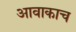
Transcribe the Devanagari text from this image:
आवाकाच